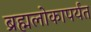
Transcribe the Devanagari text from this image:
ब्रह्मलोकापर्यंत